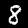
Digit: 8